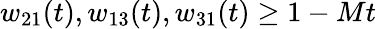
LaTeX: w_{21}(t),w_{13}(t),w_{31}(t)\geq 1-Mt